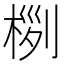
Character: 𣔜